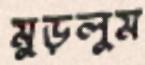
মুড়লুম